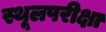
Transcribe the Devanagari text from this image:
स्थूलपरीक्षा